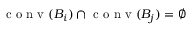
\mathrm { ~ c ~ o ~ n ~ v ~ } ( B _ { i } ) \cap \mathrm { ~ c ~ o ~ n ~ v ~ } ( B _ { j } ) = \emptyset